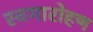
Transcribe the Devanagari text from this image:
स्वगारोहण